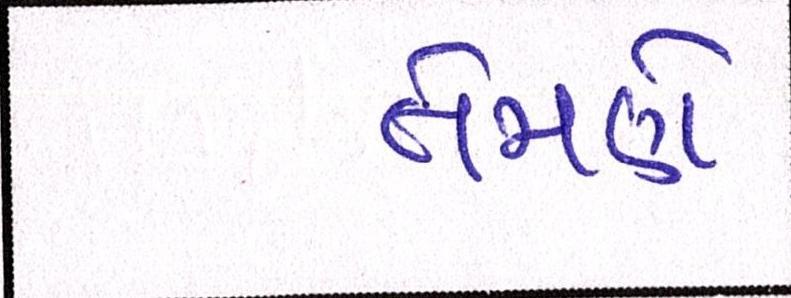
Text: તેમણે